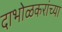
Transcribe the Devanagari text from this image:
दाभोळकरांच्या